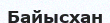
Байысхан